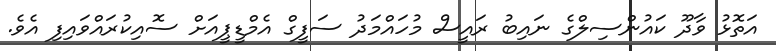
އަތޮޅު ވާދޫ ކައުންސިލްގެ ނައިބު ރައީސް މުހައްމަދު ސަފީގް އެމްޑީޕީއަށް ސޮއިކުރައްވައިފި އެވެ.